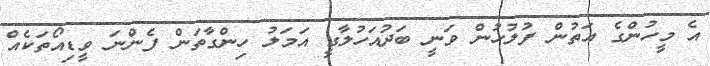
އެ މީހުންގެ އަތުން ފުލުހުން ވަނީ ބަދުއަހުލާގީ އަމަލު ހިންގާތަން ފެންނަ ވީޑިއޯތަކެއް